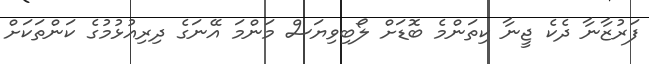
ފަރުޒާނާ ދެކެ ޖީނާ ކިތަންމެ ބޮޑަށް ލޯބިވިޔަސް މަންމަ އޭނަގެ ދިރިއުޅުމުގެ ކަންތަކަށް